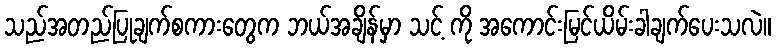
သည်အတည်ပြုချက်စကားတွေက ဘယ်အချိန်မှာ သင့် ကို အကောင်းမြင်ယိမ်းခါချက်ပေးသလဲ။